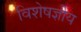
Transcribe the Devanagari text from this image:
विशेषज्ञीय